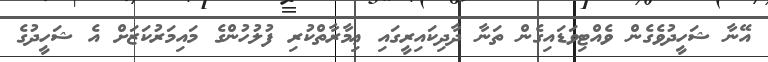
އޭނާ ޝަހީދުވެގެން ވެއްޓިވަޑައިގެން ތަނާ ދާދިކައިރީގައި ޢިމާރާތްކުރި ފުލުހުންގެ މައިމަރުކަޒަށް އެ ޝަހީދުގެ